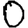
Digit: 0